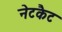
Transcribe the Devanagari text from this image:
नेटकैट